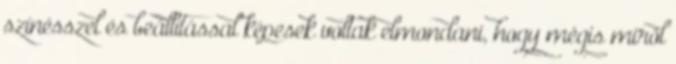
színésszel és beállítással képesek voltak elmondani, hogy mégis miről